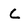
Character: C